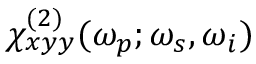
\chi _ { x y y } ^ { ( 2 ) } ( \omega _ { p } ; \omega _ { s } , \omega _ { i } )